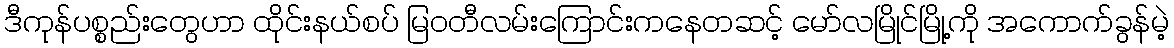
ဒီကုန်ပစ္စည်းတွေဟာ ထိုင်းနယ်စပ် မြဝတီလမ်းကြောင်းကနေတဆင့် မော်လမြိုင်မြို့ကို အကောက်ခွန်မဲ့